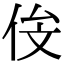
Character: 𬾄